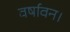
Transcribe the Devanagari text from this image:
वर्षावन।